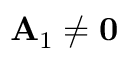
\mathbf { A } _ { 1 } \neq \mathbf { 0 }